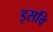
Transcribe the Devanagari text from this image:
इसवि